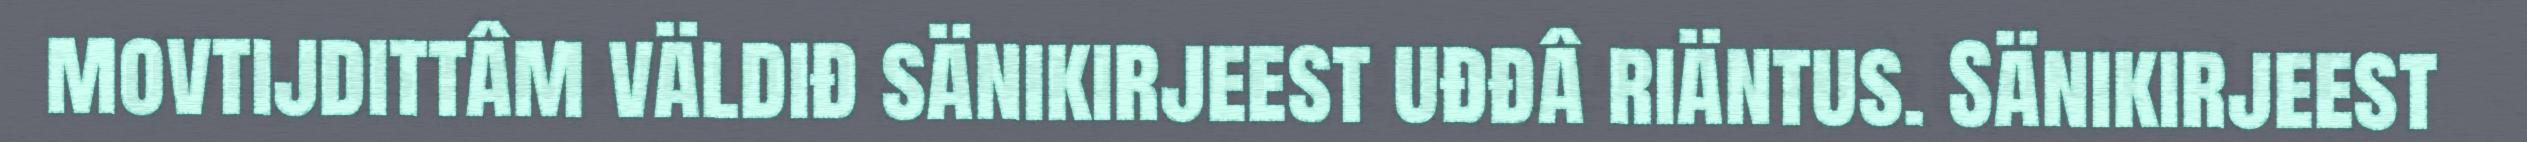
movtijdittâm väldiđ sänikirjeest uđđâ riäntus. Sänikirjeest